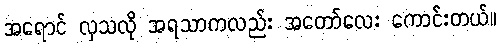
အရောင် လှသလို အရသာကလည်း အတော်လေး ကောင်းတယ်။